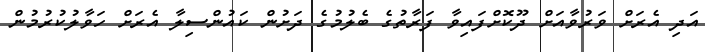
އަދި އެރަށް ވަރުވާއަށް ދޫކޮށްފައިވާ ފަރާތުގެ ބެލުމުގެ ދަށުން ކައުންސިލާ އެރަށް ހަވާލުކުރުމުން